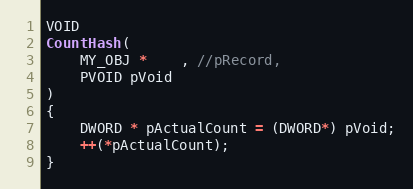
Language: C++
VOID
CountHash(
    MY_OBJ *    , //pRecord,
    PVOID pVoid
)
{
    DWORD * pActualCount = (DWORD*) pVoid;
    ++(*pActualCount);
}